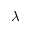
\lambda